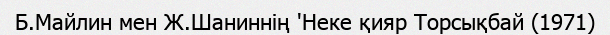
Б.Майлин мен Ж.Шаниннің 'Неке қияр Торсықбай (1971)